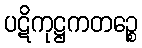
ပဋိကုဋ္ဌကတဉ္စေ